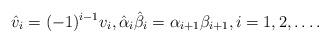
LaTeX: \begin{align*}\hat{v}_{i}=(-1)^{i-1} v_{i},\hat{\alpha}_i\hat{\beta}_i=\alpha_{i+1}\beta_{i+1},i=1,2,\dots.\end{align*}